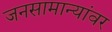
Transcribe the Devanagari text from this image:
जनसामान्यांवर